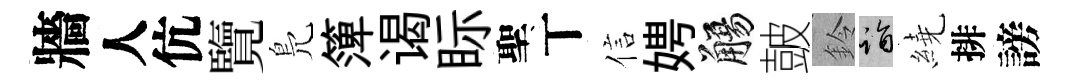
牆人伉覽鳬𥱼谒眎聖丅信娉觴皷鈴诣繞排謗